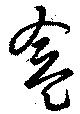
盒